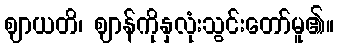
ဈာယတိ၊ ဈာန်ကိုနှလုံးသွင်းတော်မူ၏။